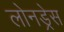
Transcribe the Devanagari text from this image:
लोनड्रेस